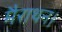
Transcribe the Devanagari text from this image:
मैराथन।